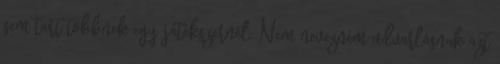
sem tart többnek egy játékszernél. Nem nevezném udvarlásnak azt